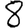
Digit: 8